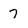
Character: 7